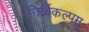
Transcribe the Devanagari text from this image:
निर्विकल्पम्